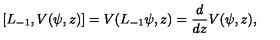
[ L _ { - 1 } , V ( \psi , z ) ] = V ( L _ { - 1 } \psi , z ) = { \frac { d } { d z } } V ( \psi , z ) ,